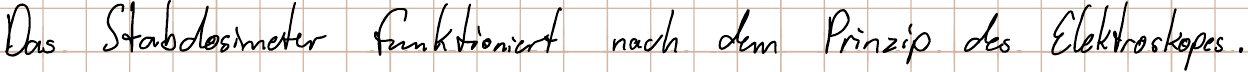
Das Stabdosimeter funktioniert nach dem Prinzip des Elektroskopes.